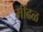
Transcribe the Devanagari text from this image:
मींढळ